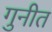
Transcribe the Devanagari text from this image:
गुनीत